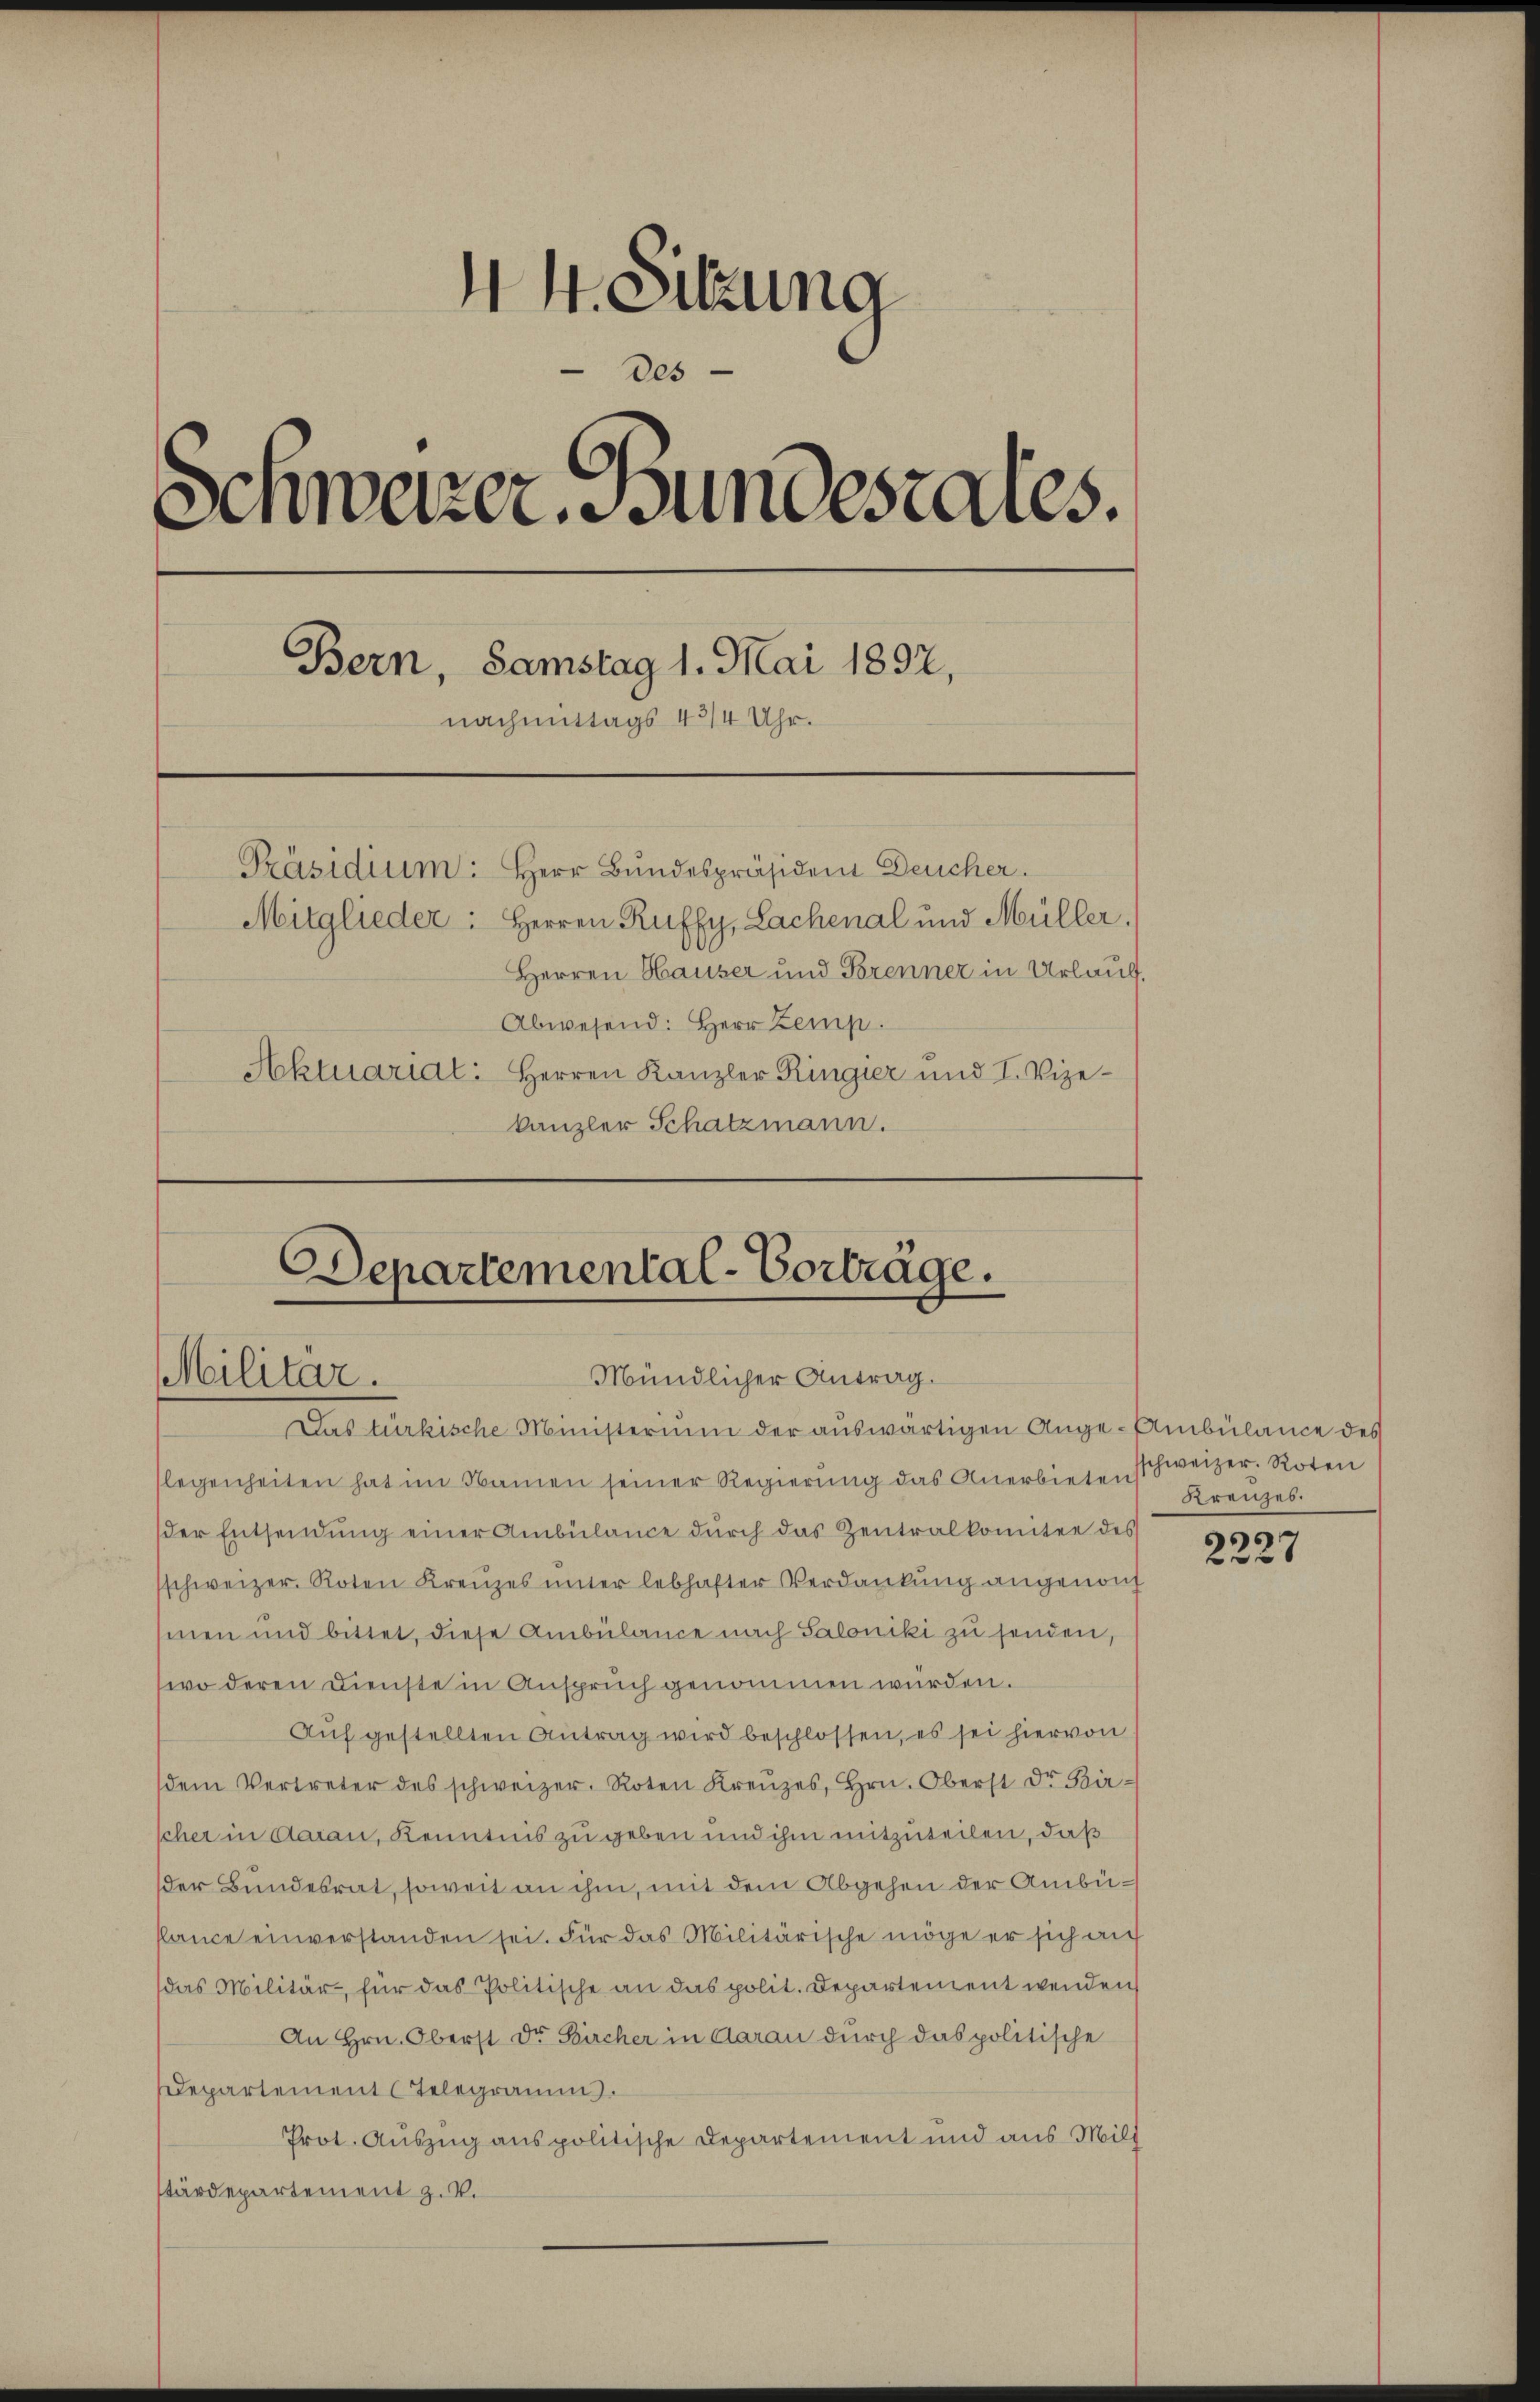
44. Sitzung
des
Schweizer. Bundesrates.
Bern, Samstag 1. Mai 1892,
nachmittags 4 3/4 Uhr.
Präsidium: Herr Bundespräsident Deucher.
Mitglieder: Herren Ruffy, Lachenal und Müller.
Herren Hauser und Brenner in Urlauf.
Abwesend: Herr Zemp.
Aktuariat: Herren Kanzler Ringier und I. Vizekanzler Schatzmann.

Departemental-Vorträge.
Mündlicher Antrag.
Militar.
Das türkische Ministerium der auswärtigen Ange-Ambülance des

flegenheiten hat im Namen seiner Regierung das Anerbieten
der Entsendŭng einer Ambülance dŭrch das Zentralkomitee des
schweizer. Roten Kreuzes unter lebhafter Verdankung angenom
mnen und bittet, diese Ambülance nach Saloniki zu senden,
wo deren Dienste in Anspruch genommen würden.
Auf gestellten Antrag wird beschlossen, es sei hiervon
dem Vertreter des schweizer. Roten Kreuzes, Hrn. Oberst Dr. Kir-
scher in daran, Kenntnis zu geben und ihm mitzuteilen, daß
der Bundesrat, soweit an ihm, mit dem Abgehen der Ambülance einverstanden sei. Für das Militärische möge er sich auf
das Militär, für das Politische an das polit. Departenzent wenden
An Hrn. Oberst Du Bircher in darau durch das politische
departement Telegramm.
Prot. Auszug aus politische Departement und aus Mill
stärdepartement z. V.

schweizer. Roten
Kreuzes.

s
2227